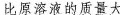
比原溶液的质量大